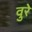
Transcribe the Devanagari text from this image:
वुरे